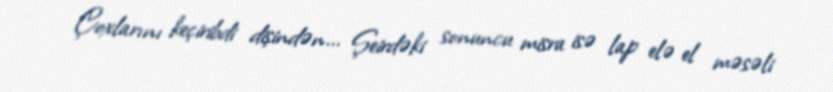
Çoxlarını keçiribdi dişindən... Şeirdəki sonuncu misra isə lap elə el məsəli